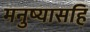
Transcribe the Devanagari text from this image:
मनुष्यासहि